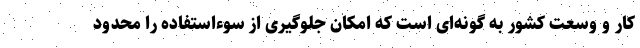
کار و وسعت کشور به گونه‌ای است که امکان جلوگیری از سوءاستفاده را محدود